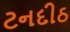
ટનદીઠ